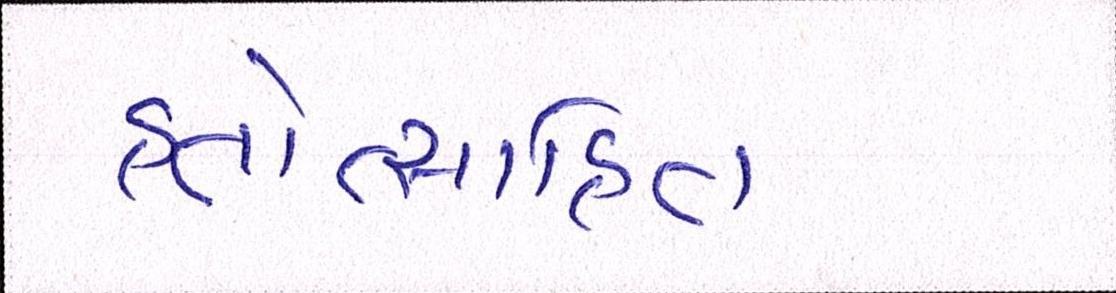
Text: હતોત્સાહિત